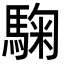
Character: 𩣽